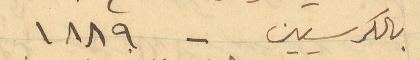
بالكرسيين - ١٨٨٩